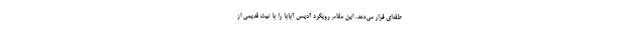
طقه‌ای قرار می‌دهد. این مقام رویکرد آدیس آبابا را با نیت قدیمی از